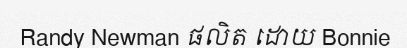
Randy Newman ផលិត ដោយ Bonnie